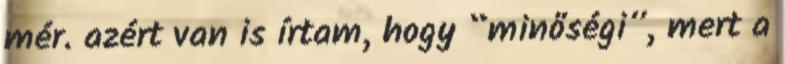
mér. azért van is írtam, hogy “minőségi”, mert a